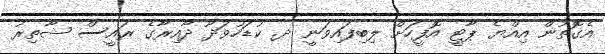
އެގޮތުން އިއްޔެ ޕާޓީ އޮފީހަށް ލިބިފައިވަނީ ދ. ކުޑަހުވަދޫ ދާއިރާގެ ރައީސް ޝާތިރު